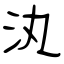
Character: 汍